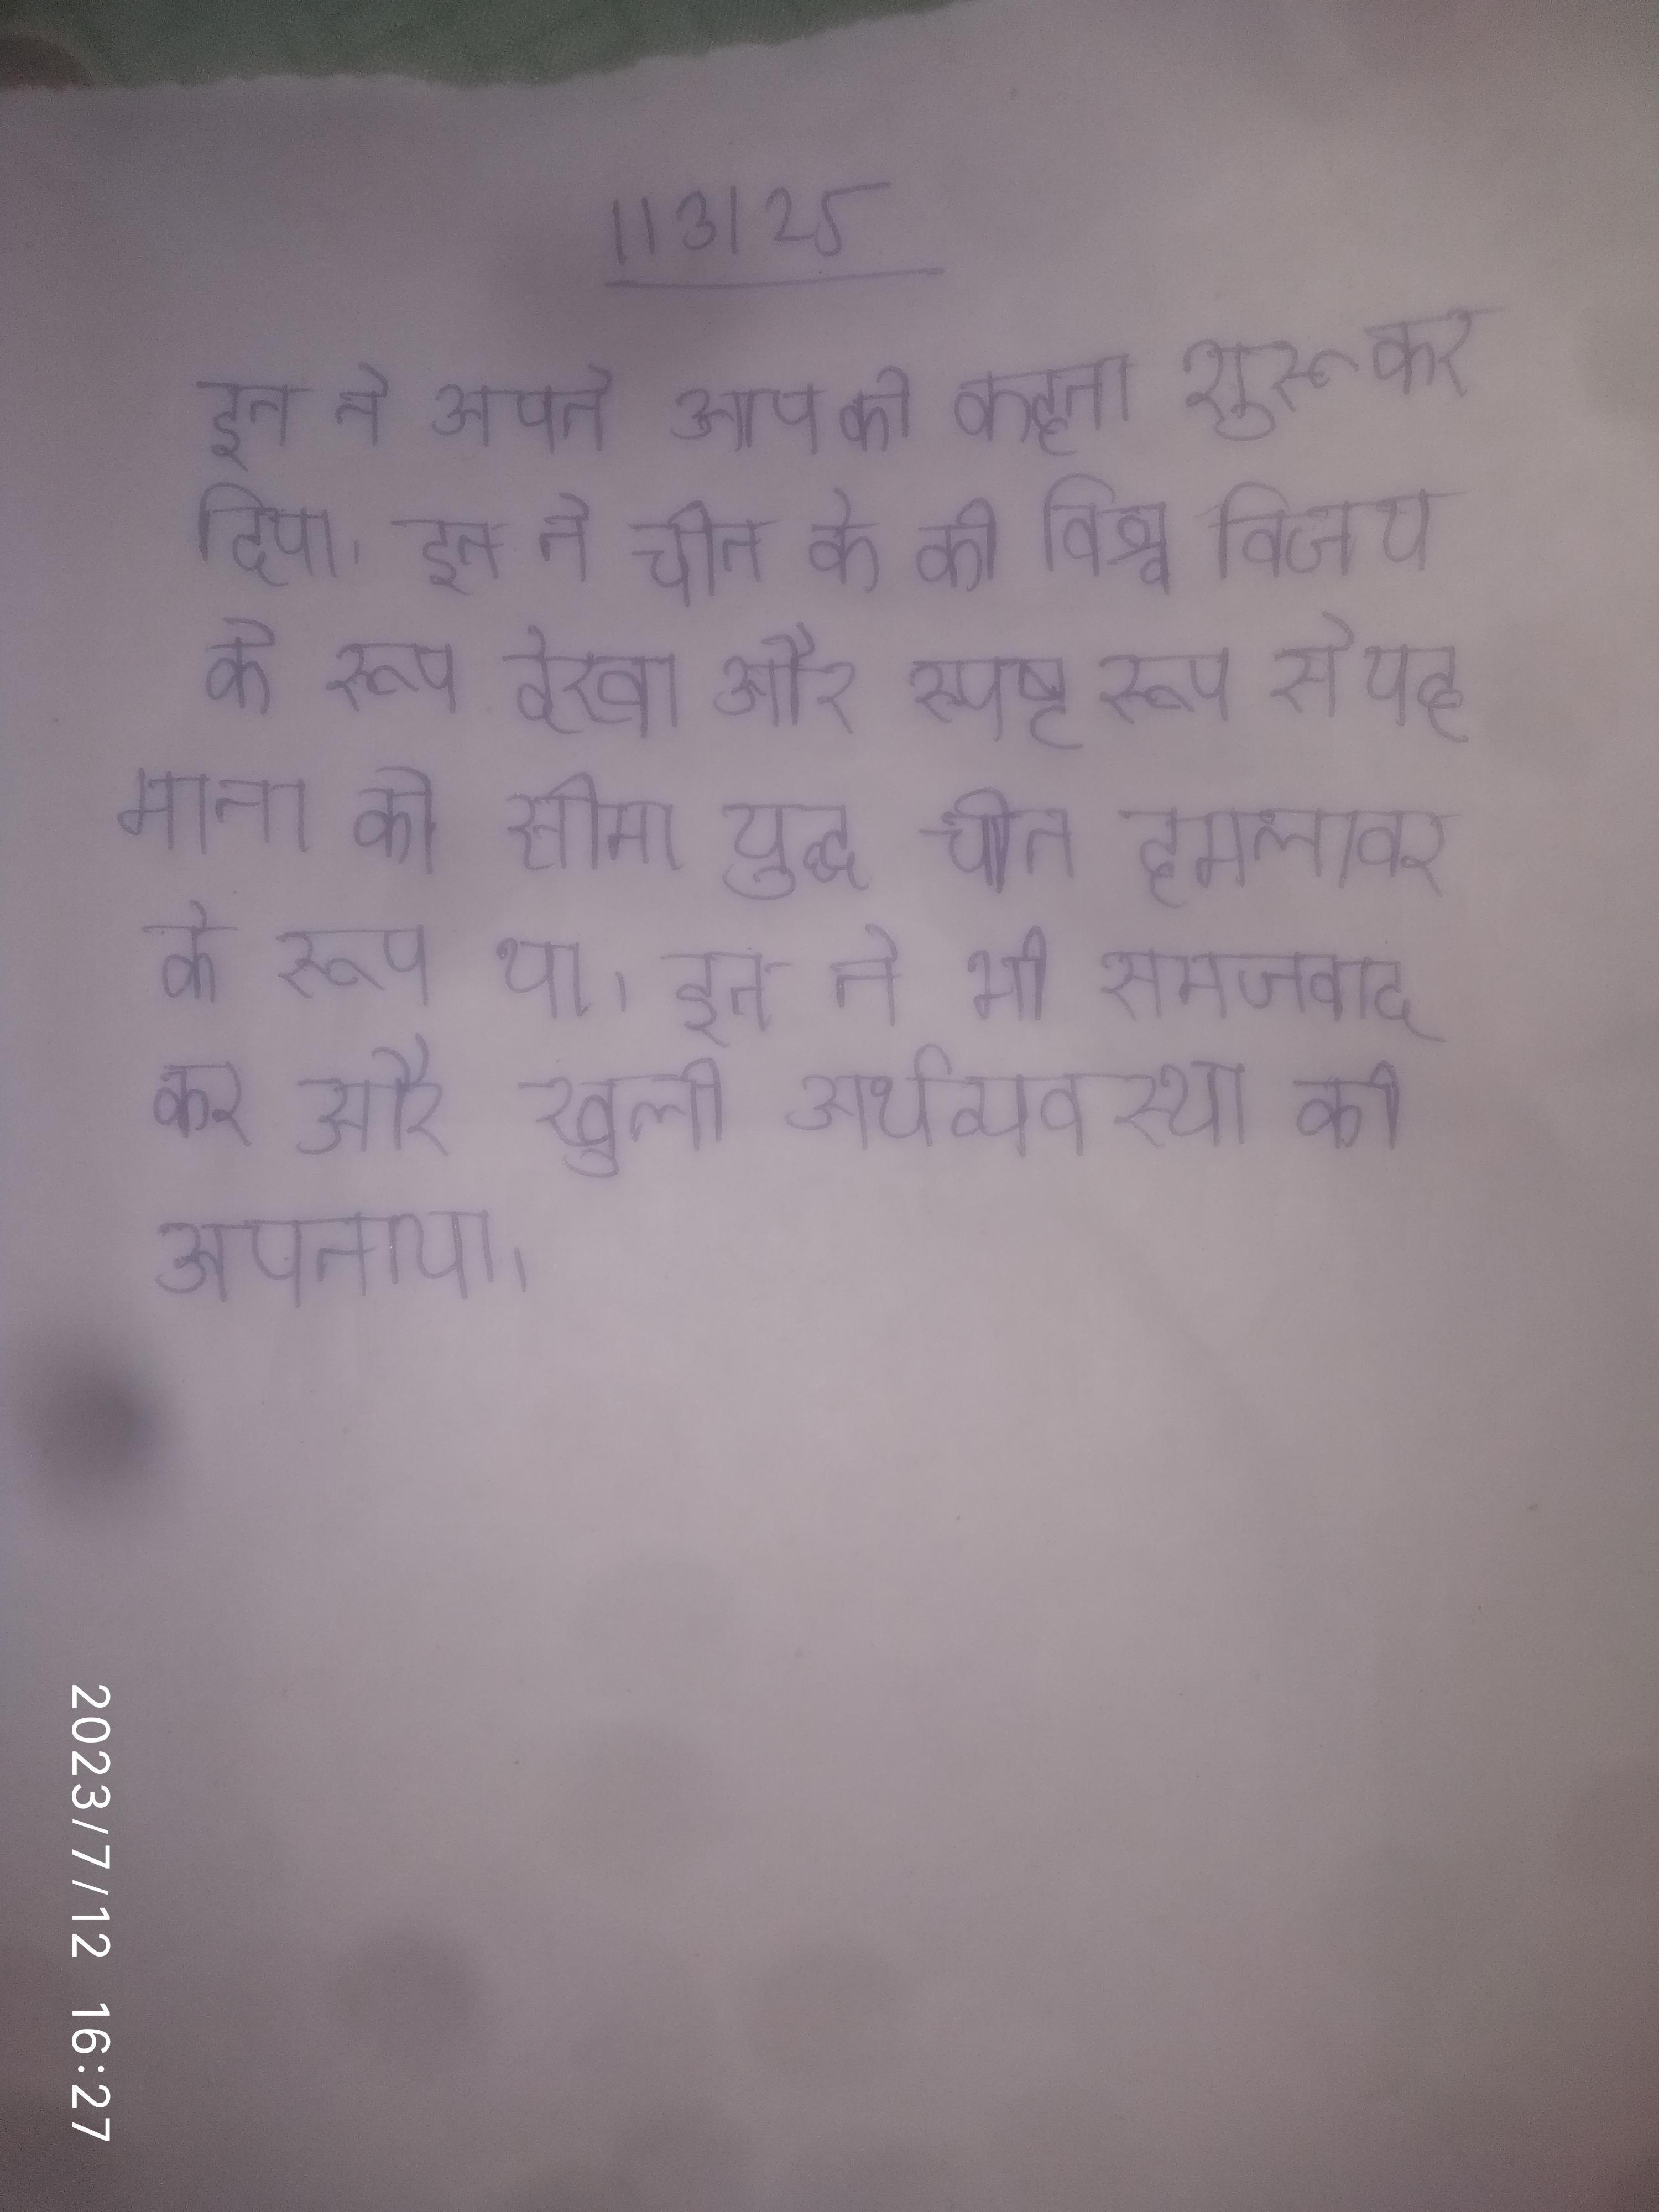
इन ने अपने आप को कहना शुरू कर दिया । इन ने चीन के को विश्व विजय के रूप देखा और स्पष्ट रूप से यह माना की सीमा युद्ध चीन हमलावर के रूप था । इन ने भी समाजवाद कर और खुली अर्थव्यवस्था को अपनाया ।